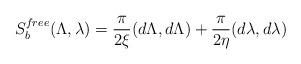
LaTeX: \begin{align*}S^{free}_{b}(\Lambda,\lambda)={\pi\over 2\xi}(d\Lambda,d\Lambda) +{\pi\over 2\eta}(d\lambda,d\lambda)\end{align*}